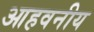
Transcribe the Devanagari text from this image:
आहवनीय